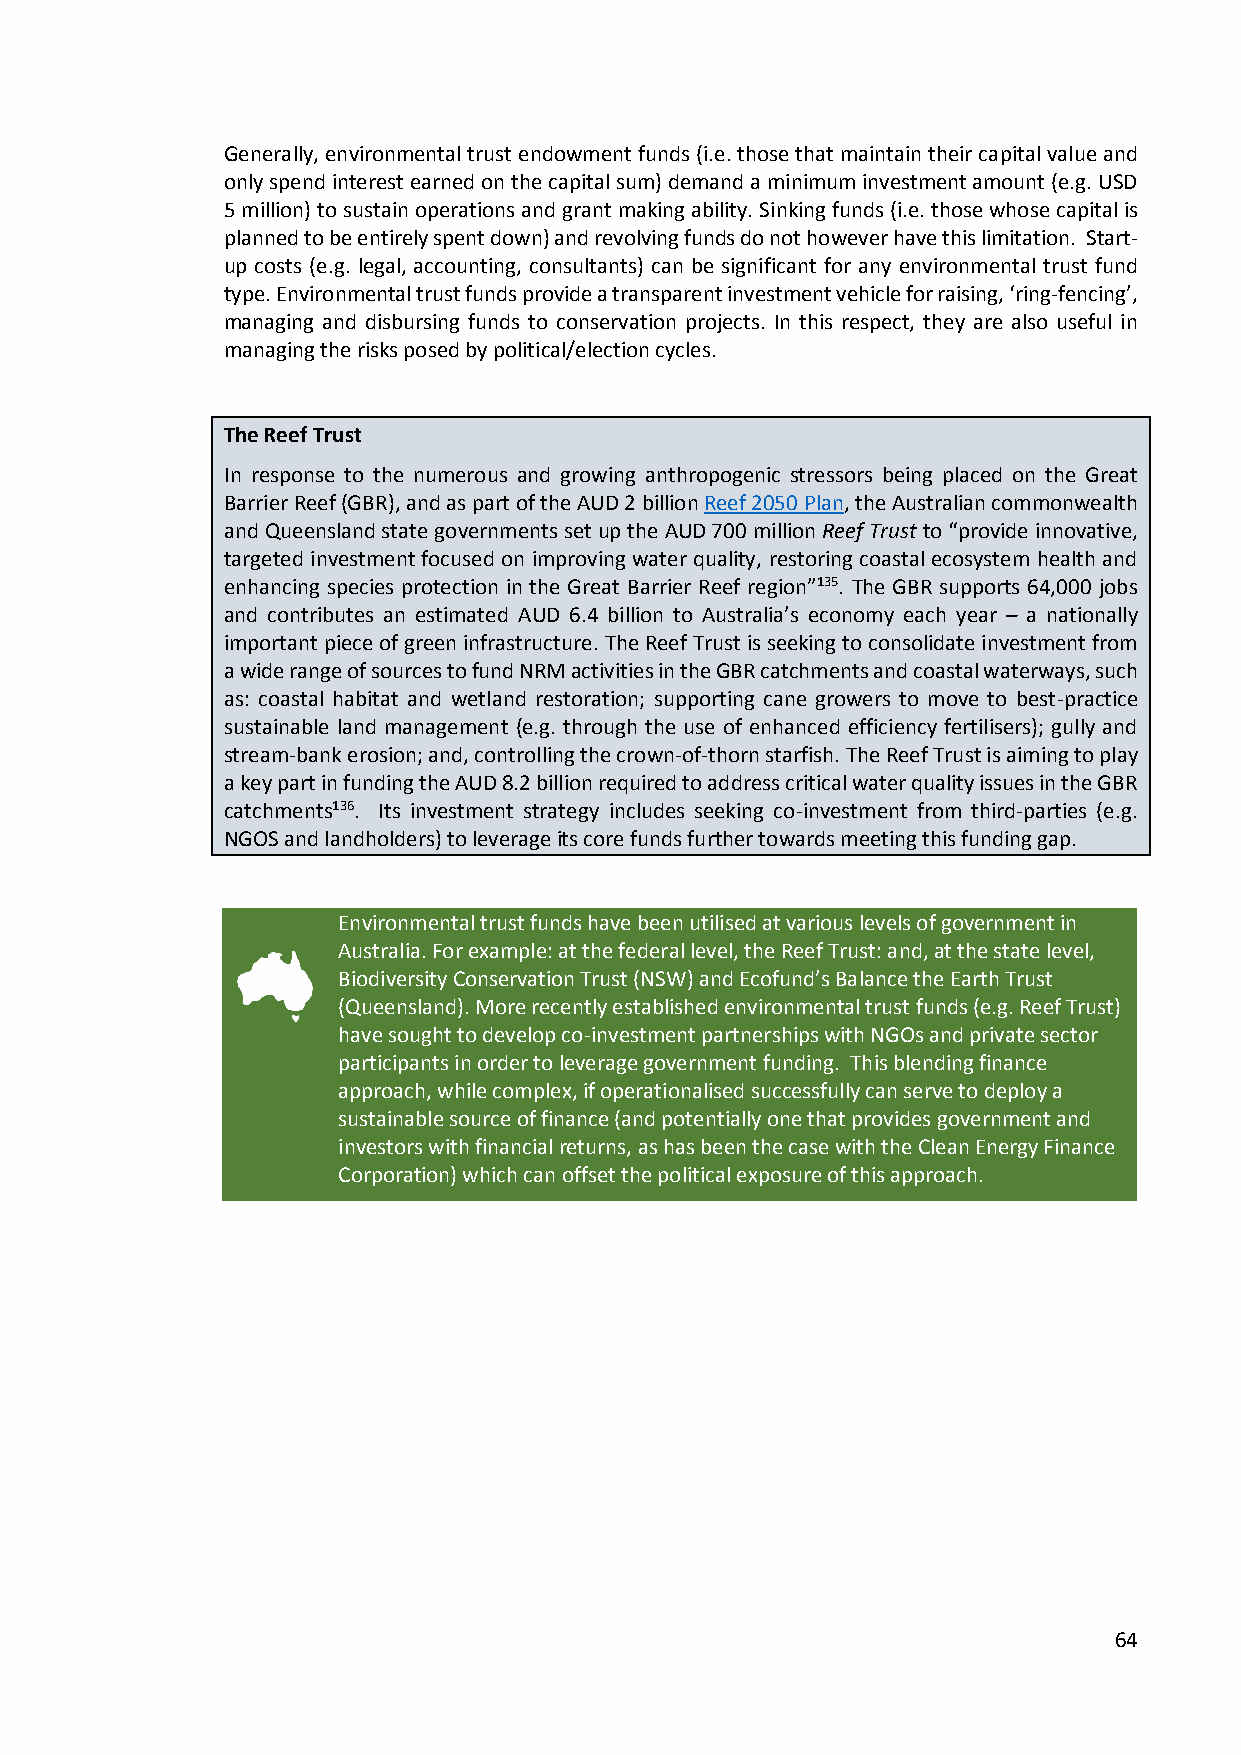
Generally, environmental trust endowment funds (i.e. those that maintain their capital value and
 only spend interest earned on the capital sum) demand a minimum investment amount (e.g. USD
 5 million) to sustain operations and grant making ability. Sinking funds (i.e. those whose capital is
 planned to be entirely spent down) and revolving funds do not however have this limitation. Start-
 up costs (e.g. legal, accounting, consultants) can be significant for any environmental trust fund
 type. Environmental trust funds provide a transparent investment vehicle for raising, ‘ring-fencing’,
 managing and disbursing funds to conservation projects. In this respect, they are also useful in
 managing the risks posed by political/election cycles.
 The Reef Trust
 In response to the numerous and growing anthropogenic stressors being placed on the Great
 Barrier Reef (GBR), and as part of the AUD 2 billion Reef 2050 Plan, the Australian commonwealth
 and Queensland state governments set up the AUD 700 million Reef Trust to “provide innovative,
 targeted investment focused on improving water quality, restoring coastal ecosystem health and
 enhancing species protection in the Great Barrier Reef region”135. The GBR supports 64,000 jobs
 and contributes an estimated AUD 6.4 billion to Australia’s economy each year – a nationally
 important piece of green infrastructure. The Reef Trust is seeking to consolidate investment from
 a wide range of sources to fund NRM activities in the GBR catchments and coastal waterways, such
 as: coastal habitat and wetland restoration; supporting cane growers to move to best-practice
 sustainable land management (e.g. through the use of enhanced efficiency fertilisers); gully and
 stream-bank erosion; and, controlling the crown-of-thorn starfish. The Reef Trust is aiming to play
 a key part in funding the AUD 8.2 billion required to address critical water quality issues in the GBR
 catchments136. Its investment strategy includes seeking co-investment from third-parties (e.g.
 NGOS and landholders) to leverage its core funds further towards meeting this funding gap.
 Environmental trust funds have been utilised at various levels of government in
 Australia. For example: at the federal level, the Reef Trust: and, at the state level,
 Biodiversity Conservation Trust (NSW) and Ecofund’s Balance the Earth Trust
 (Queensland). More recently established environmental trust funds (e.g. Reef Trust)
 have sought to develop co-investment partnerships with NGOs and private sector
 participants in order to leverage government funding. This blending finance
 approach, while complex, if operationalised successfully can serve to deploy a
 sustainable source of finance (and potentially one that provides government and
 investors with financial returns, as has been the case with the Clean Energy Finance
 Corporation) which can offset the political exposure of this approach.
 64